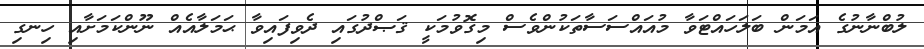
ލުބްނާނުގެ އަމަން ބަލަހައްޓަވާ މުއައްސަސާތަކުންވެސް މިގޮވުމަކީ ޤަޞްދުގައި ދެވިފައިވާ ޙަމަލާއެއް ނޫންކަމަށާއި ހިނގި